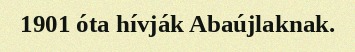
1901 óta hívják Abaújlaknak.